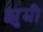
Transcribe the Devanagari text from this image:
झुम्री